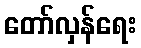
တော်လှန်ရေး